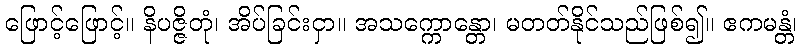
ဖြောင့်ဖြောင့်။ နိပဇ္ဇိတုံ၊ အိပ်ခြင်းငှာ။ အသက္ကောန္တော၊ မတတ်နိုင်သည်ဖြစ်၍။ ဧကမန္တံ၊